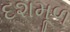
દશમૂળ